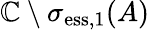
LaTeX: \mathbb{C}\setminus\sigma_{\mathrm{ess},1}(A)